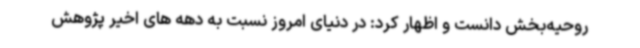
روحیه‌بخش دانست و اظهار کرد: در دنیای امروز نسبت به دهه های اخیر پژوهش